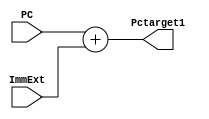
module pctarget(input [31:0]PC,ImmExt,
output [31:0]Pctarget1
    );
   
    assign Pctarget1=PC+ImmExt;
    
endmodule